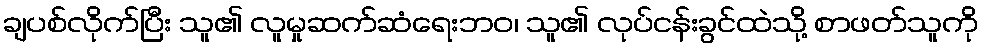
ချပစ်လိုက်ပြီး သူ၏ လူမှုဆက်ဆံရေးဘဝ၊ သူ၏ လုပ်ငန်းခွင်ထဲသို့ စာဖတ်သူကို